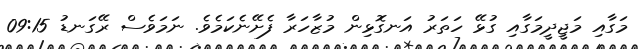
މަގާއި މަޖީދީމަގާއި ގުޅޭ ހަތަރު އަނގޮޅިން މުޒާހަރާ ފެށޭނެކަމެވެ. ނަމަވެސް ރޭގަނޑު 09:15